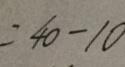
= 4 0 - 1 0